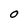
Character: O